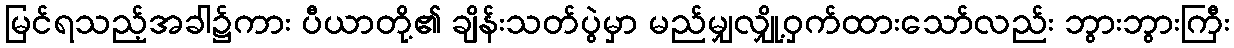
မြင်ရသည့်အခါ၌ကား ပီယာတို့၏ ချိန်းသတ်ပွဲမှာ မည်မျှလျှို့ဝှက်ထားသော်လည်း ဘွားဘွားကြီး